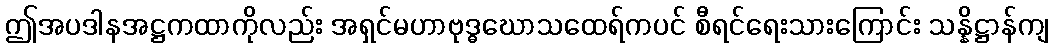
ဤအပဒါနအဋ္ဌကထာကိုလည်း အရှင်မဟာဗုဒ္ဓဃောသထေရ်ကပင် စီရင်ရေးသားကြောင်း သန္နိဋ္ဌာန်ကျ